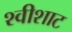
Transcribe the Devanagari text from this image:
श्वीशाट